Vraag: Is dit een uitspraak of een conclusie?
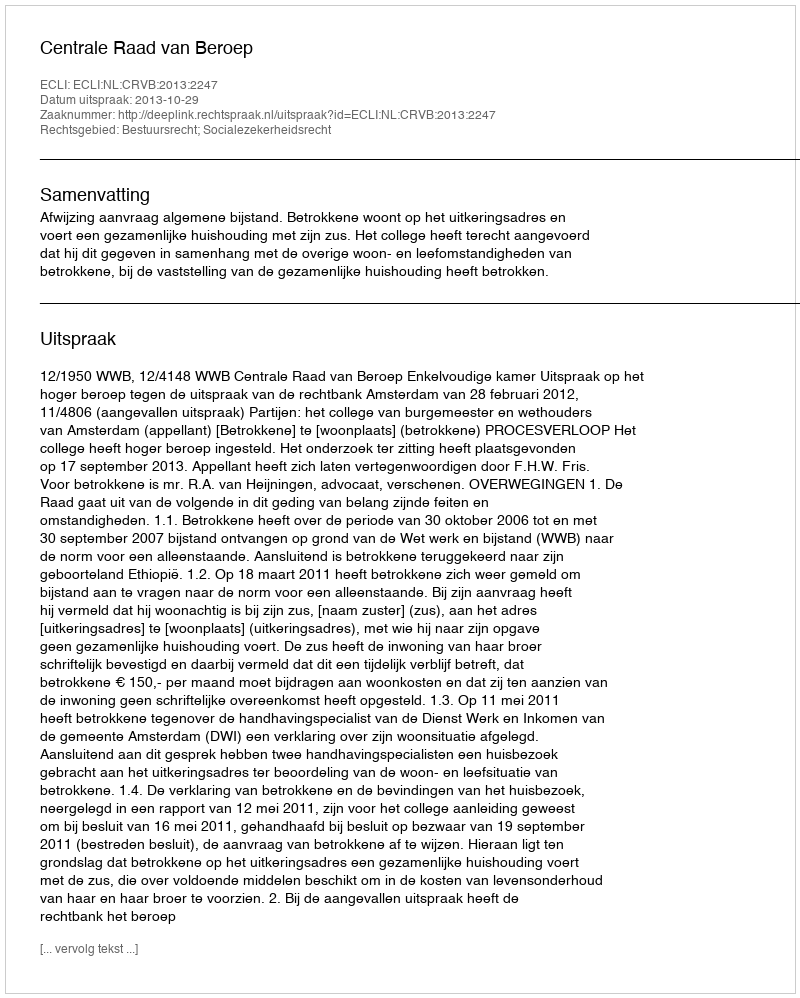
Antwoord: Uitspraak